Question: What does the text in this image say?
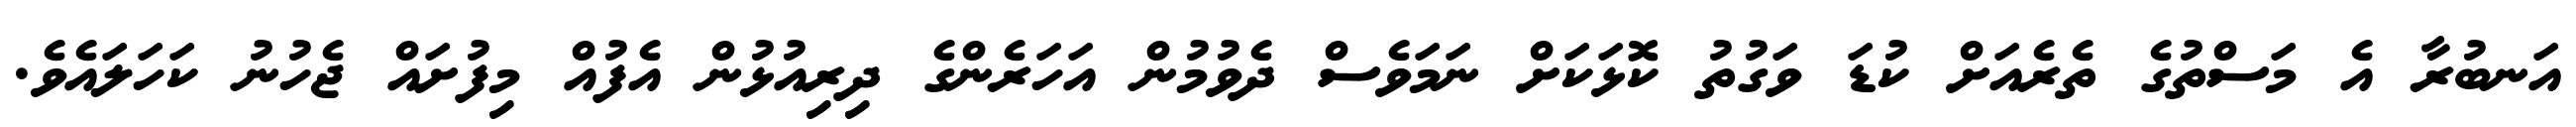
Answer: އަނބުރާ އެ މަސްތުގެ ތެރެއަށް ކުޑަ ވަގުތު ކޮޅަކަށް ނަމަވެސް ދެވުމުން އަހަރެންގެ ދިރިއުޅުން އެފުއް މިފުށައް ޖެހުނު ކަހަލައެވެ.